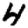
Digit: 4